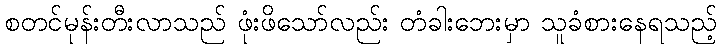
စတင်မုန်းတီးလာသည် ဖုံးဖိသော်လည်း တံခါးဘေးမှာ သူခံစားနေရသည့်